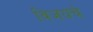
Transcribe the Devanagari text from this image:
विजयचे